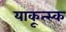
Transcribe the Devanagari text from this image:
याकूत्स्क